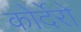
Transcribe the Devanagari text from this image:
कोर्देरो